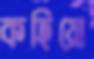
কহিয়ো